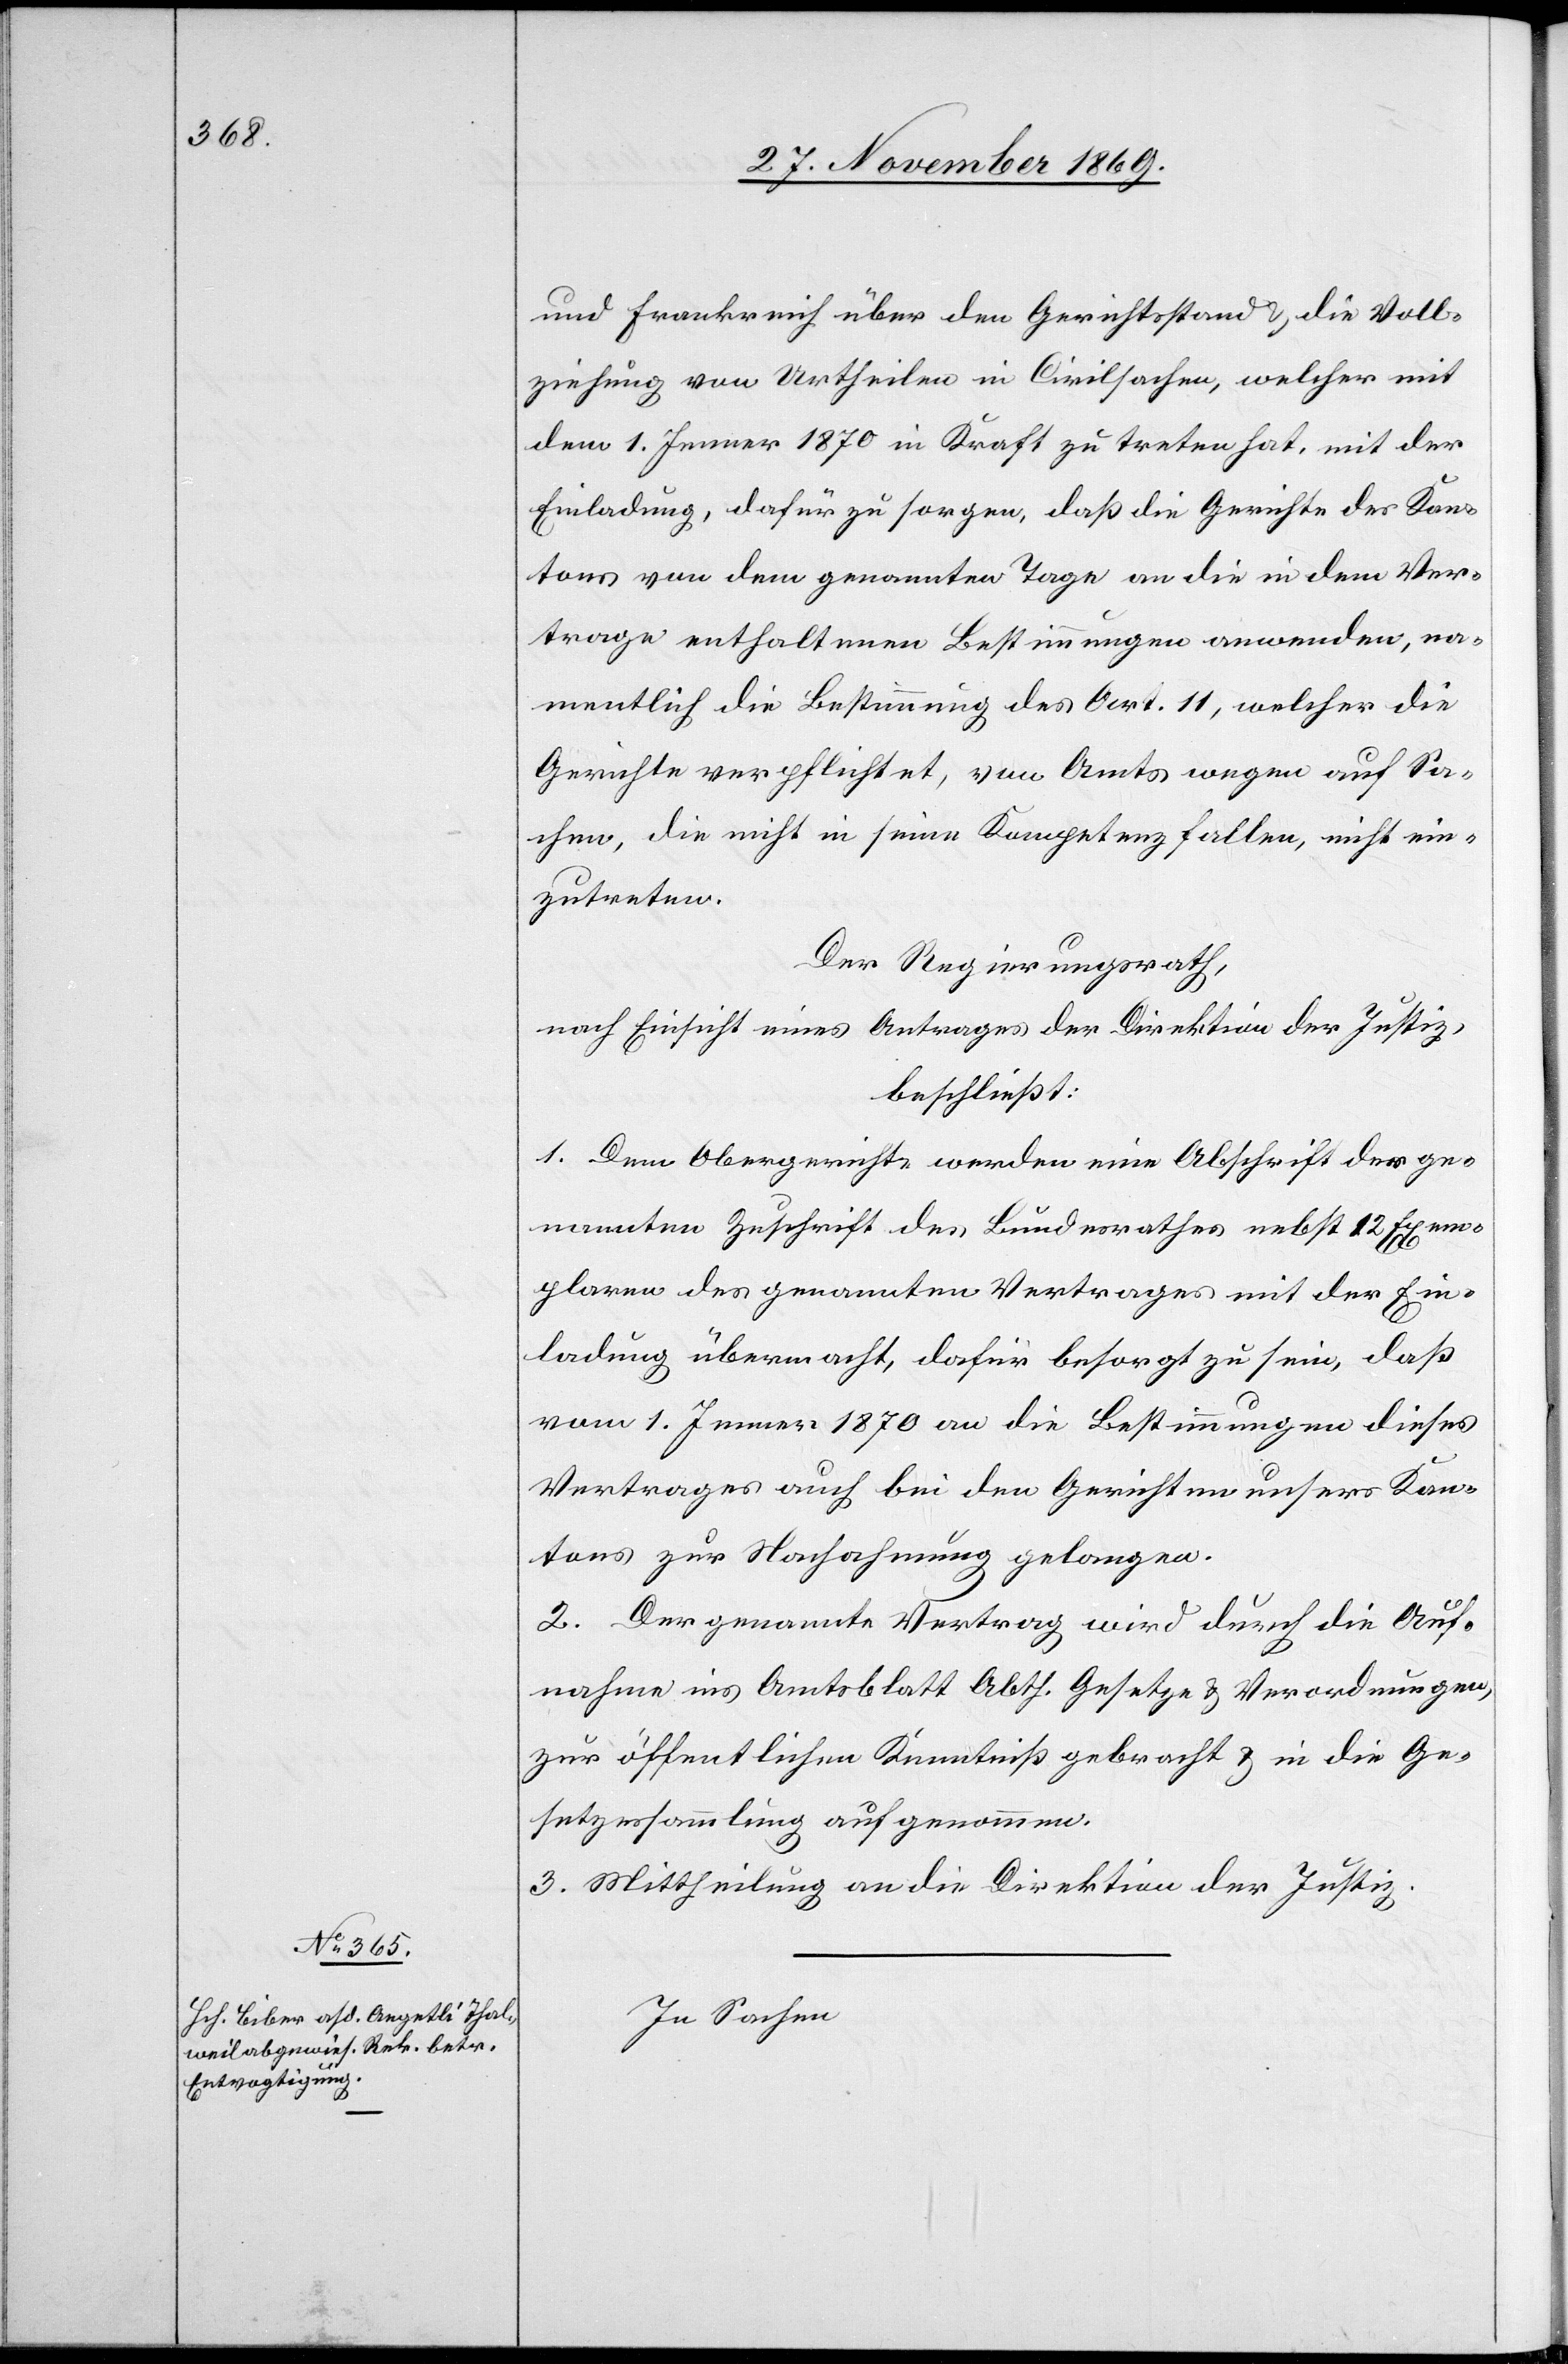
und Frankreich über den Gerichtsstand & die Voll¬
ziehung von Urtheilen in Civilsachen, welcher mit
dem 1. Jenner 1870 in Kraft zu treten hat, mit der
Einladung, dafür zu sorgen, daß die Gerichte des Kan¬
tons von dem genannten Tage an die in dem Ver¬
trage enthaltenen Bestimmungen anwenden, na¬
mentlich die Bestimmung des Art. 11, welcher die
Gerichte verpflichtet, von Amts wegen auf Sa¬
chen, die nicht in seine Kompetenz fallen, nicht ein¬
zutreten.
Der Regierungsrath,
nach Einsicht eines Antrages der Direktion der Justiz,
beschließt:
1. Dem Obergerichte werden eine Abschrift der ge¬
nannten Zuschrift des Bundesrathes nebst 12 Exem¬
plaren des genannten Vertrages mit der Ein¬
ladung übermacht, dafür besorgt zu sein, daß
vom 1. Jenner 1870 an die Bestimmungen dieses
Vertrages auch bei den Gerichten unsers Kan¬
tons zur Nachahmung gelangen.
2. Der genannte Vertrag wird durch die Auf¬
nahme ins Amtsblatt Abth. Gesetze & Verordnungen,
zur öffentlichen Kenntniß gebracht & in die Ge¬
setzessammlung aufgenommen.
3. Mittheilung an die Direktion der Justiz.
In Sachen